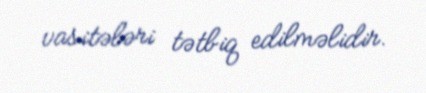
vasitələri tətbiq edilməlidir.